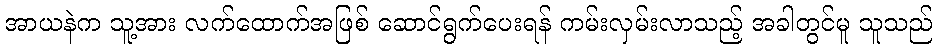
အာယနဲက သူ့အား လက်ထောက်အဖြစ် ဆောင်ရွက်ပေးရန် ကမ်းလှမ်းလာသည့် အခါတွင်မူ သူသည်